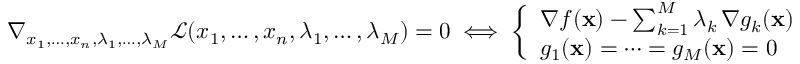
\nabla _ { x _ { 1 } , \ldots , x _ { n } , \lambda _ { 1 } , \ldots , \lambda _ { M } } { \mathcal { L } } ( x _ { 1 } , \ldots , x _ { n } , \lambda _ { 1 } , \ldots , \lambda _ { M } ) = 0 \iff { \left\{ \begin{array} { l l } { \nabla f ( \mathbf { x } ) - \sum _ { k = 1 } ^ { M } { \lambda _ { k } \, \nabla g _ { k } ( \mathbf { x } ) } = 0 } \\ { g _ { 1 } ( \mathbf { x } ) = \cdots = g _ { M } ( \mathbf { x } ) = 0 } \end{array} \right. }